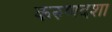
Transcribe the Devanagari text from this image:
करुणदशा